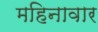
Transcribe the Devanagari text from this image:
महिनावार